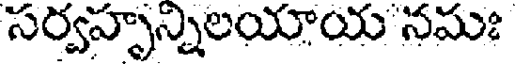
సర్వహృన్నిలయాయ నమః